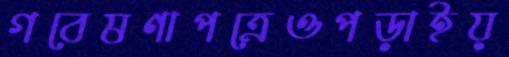
গবেষণাপত্রেওপড়াইয়